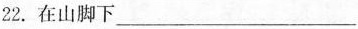
22.在山脚下___